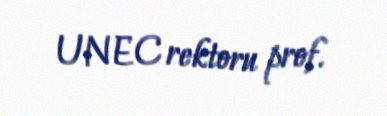
UNEC rektoru prof.